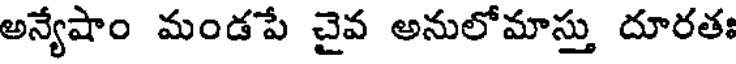
అన్యేషాం మండపే చైవ అనులోమాస్తు దూరతః